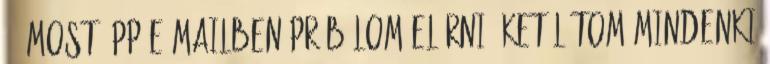
: most épp e-mailben próbálom elérni őket Látom mindenki